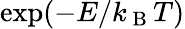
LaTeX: \exp(-E/k_{\mathrm{~B~}}T)